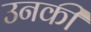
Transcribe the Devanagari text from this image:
उनकी